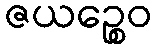
ဇယဉ္စေဝ